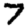
Digit: 7